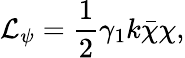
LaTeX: {\cal L}_{\psi}=\frac{1}{2}\gamma_{1}k\bar{\chi}\chi,